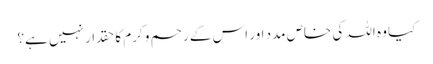
کیا وہ اللہ کی خاص مدد اور اس کے رحم و کرم کا حقدار نہیں ہے؟